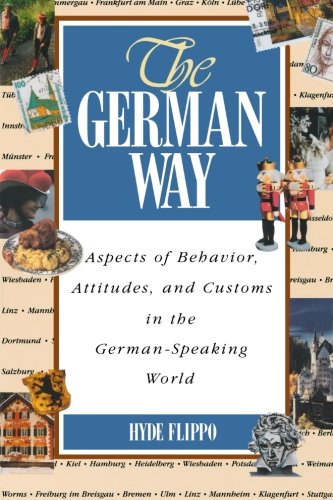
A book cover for The German Way : Aspects of Behavior, Attitudes, and Customs in the German-Speaking World; Hyde Flippo; Travel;